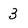
Character: 3